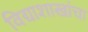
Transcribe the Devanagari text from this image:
विद्याशाखांचा